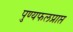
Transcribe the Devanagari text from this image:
पुण्यफलप्राप्त